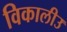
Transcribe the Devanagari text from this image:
विकालीउ